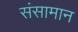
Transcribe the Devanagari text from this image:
संसामान